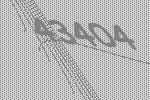
43404